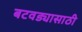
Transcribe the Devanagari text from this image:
बटवड्यासाठी